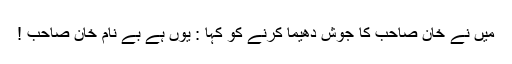
میں نے خان صاحب کا جوش دھیما کرنے کو کہا : یوں ہے بے نام خان صاحب !